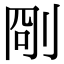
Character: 𠜛